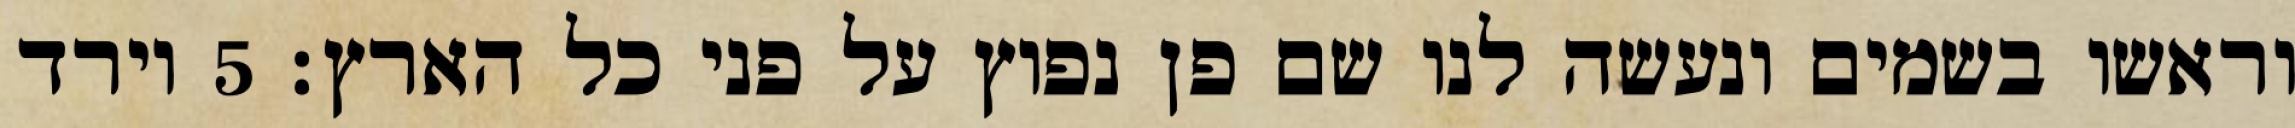
וראשו בשמים ונעשה לנו שם פן נפוץ על פני כל הארץ׃ ‎5‏ וירד